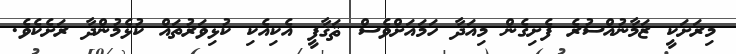
މިރަށަކީ ޒަމާނުއްސުރެ ފެށިގެން މިއަދާ ހަމައަށްވެސް ޘަޤާފީ އެކިއެކި ކުޅިވަރުތައް ކުޅެމުންދާ ރަށެކެވެ.